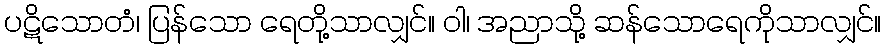
ပဋိသောတံ၊ ပြန်သော ရေတို့သာလျှင်။ ဝါ၊ အညာသို့ ဆန်သောရေကိုသာလျှင်။